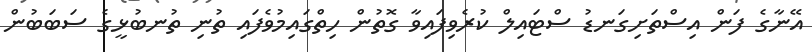
އޭނާގެ ފަން އިސްތަށިގަނޑު ސްޓައިލް ކުރެވިފައިވާ ގޮތުން ހިތްގައިމުވެފައި ތުނި ތުނބުޅީގެ ސަބަބުން